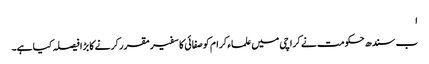
ا
ب سندھ حکومت نے کراچی میں علماء کرام کو صفائی کا سفیر مقرر کرنے کا بڑا فیصلہ کیا ہے۔